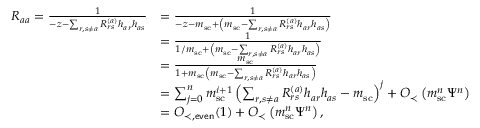
\begin{array} { r l } { R _ { a a } = \frac { 1 } { - z - \sum _ { r , s \neq a } R _ { r s } ^ { ( a ) } h _ { a r } h _ { a s } } } & { = \frac { 1 } { - z - m _ { \mathrm { s c } } + \left( m _ { \mathrm { s c } } - \sum _ { r , s \neq a } R _ { r s } ^ { ( a ) } h _ { a r } h _ { a s } \right) } } \\ & { = \frac { 1 } { 1 / m _ { \mathrm { s c } } + \left( m _ { \mathrm { s c } } - \sum _ { r , s \neq a } R _ { r s } ^ { ( a ) } h _ { a r } h _ { a s } \right) } } \\ & { = \frac { m _ { \mathrm { s c } } } { 1 + m _ { \mathrm { s c } } \left( m _ { \mathrm { s c } } - \sum _ { r , s \neq a } R _ { r s } ^ { ( a ) } h _ { a r } h _ { a s } \right) } } \\ & { = \sum _ { j = 0 } ^ { n } m _ { \mathrm { s c } } ^ { i + 1 } \left( \sum _ { r , s \neq a } R _ { r s } ^ { ( a ) } h _ { a r } h _ { a s } - m _ { \mathrm { s c } } \right) ^ { j } + O _ { \prec } \left( m _ { \mathrm { s c } } ^ { n } \Psi ^ { n } \right) } \\ & { = O _ { \prec , \mathsf { e v e n } } ( 1 ) + O _ { \prec } \left( m _ { \mathrm { s c } } ^ { n } \Psi ^ { n } \right) , } \end{array}